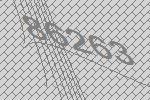
86263